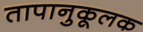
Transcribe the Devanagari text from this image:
तापानुकूलक